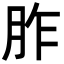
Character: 胙